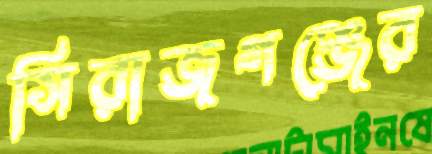
সিরাজগঞ্জের